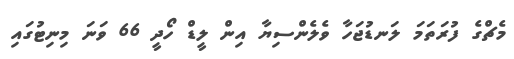
މެޗްގެ ފުރަތަމަ ލަނޑުޖަހާ ވެލެންސިޔާ އިން ލީޑް ހޯދީ 66 ވަނަ މިނިޓުގައި